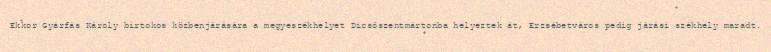
Ekkor Gyárfás Károly birtokos közbenjárására a megyeszékhelyet Dicsőszentmártonba helyeztek át, Erzsébetváros pedig járási székhely maradt.